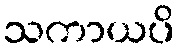
သကာယပိ